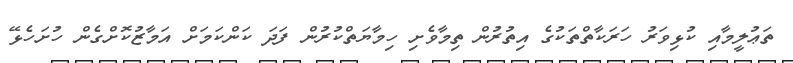
ތަޢުލީމާއި ކުޅިވަރު ހަރަކާތްތަކުގެ އިތުރުން ތިމާވެށި ހިމާޔަތްކުރުން ފަދަ ކަންކަމަށް އަމާޒުކޮށްގެން ހުށަހެޅޭ